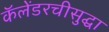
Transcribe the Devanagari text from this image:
कॅलेंडरचीसुद्घा